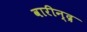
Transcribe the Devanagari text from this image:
वारीन्द्र